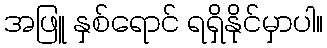
အဖြူ နှစ်ရောင် ရရှိနိုင်မှာပါ။